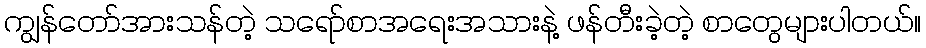
ကျွန်တော်အားသန်တဲ့ သရော်စာအရေးအသားနဲ့ ဖန်တီးခဲ့တဲ့ စာတွေများပါတယ်။